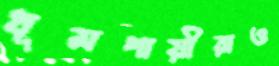
ধূমপায়ীরাও